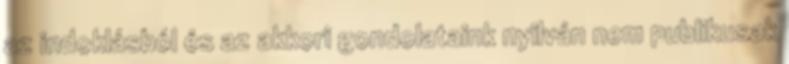
az indoklásból és az akkori gondolataink nyilván nem publikusak